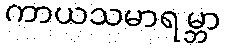
ကာယသမာရမ္ဘာ